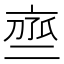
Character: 𬽒